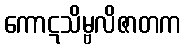
ကောဋသိမ္ဗလိဇာတက